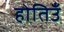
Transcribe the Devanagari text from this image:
होतिउँ